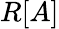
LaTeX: R[A]